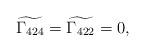
LaTeX: \begin{align*}\widetilde{\Gamma_{424}} = \widetilde{\Gamma_{422}} =0,\end{align*}